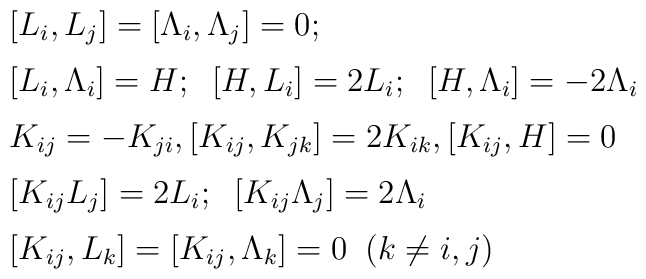
\begin{array}{l}{}[ L_i, L_j] = [\Lambda_i,\Lambda_j] =0;\;\; \\[2mm][L_i,\Lambda_i]= H;\;\; [H, L_i] = 2 L_i;\;\; [H, \Lambda_i]=-2\Lambda_i \\[2mm]{}K_{ij}=-K_{ji}, [K_{ij}, K_{jk}]=2 K_{ik}, [K_{ij}, H] =0 \\[2mm]{}[K_{ij} L_j]=2 L_i;\;\; [K_{ij} \Lambda_j] = 2 \Lambda_i \\[2mm]{}[K_{ij}, L_k] = [K_{ij}, \Lambda_k] =0\;\; (k\neq i,j)\\[2mm]\end{array}